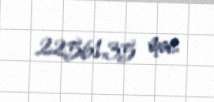
22561,35 man.